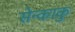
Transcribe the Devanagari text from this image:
सेन्काकु